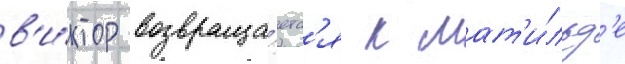
в'и́ктор возвраща́етс'я к мат'и́льд'е